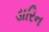
ડારિન